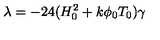
{ \lambda } = - 2 4 ( H _ { 0 } ^ { 2 } + k { \phi } _ { 0 } T _ { 0 } ) { \gamma }